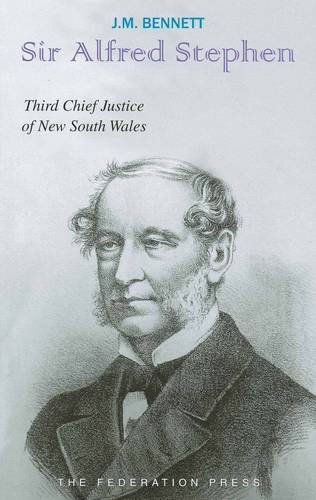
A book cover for Sir Alfred Stephen: Third Chief Justice of New South Wales, 1844-1873 (Lives of Australian Chief Justices); J. M. Bennett; Biographies & Memoirs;